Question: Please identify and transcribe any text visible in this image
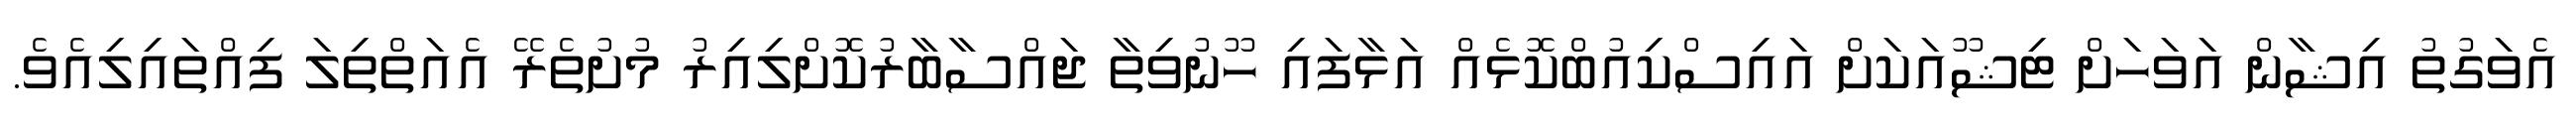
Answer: އެވަގުތު އިޝާން އަވަހަށް ޓިޝޫއަކަށް އައިސްކިއުބްކޮޅެއް އަޅާފައި ހޫނުވިތާ ޖައްސާބާރުކޮށްލިއިރު މުށުތެރޭ އެއަތްތިލަ ފިއްތައިލިއެވެ.